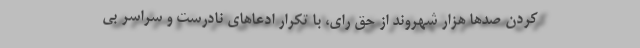
کردن صدها هزار شهروند از حق رای، با تکرار ادعاهای نادرست و سراسر بی